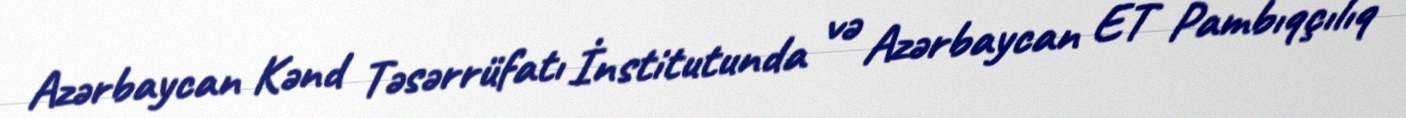
Azərbaycan Kənd Təsərrüfatı İnstitutunda və Azərbaycan ET Pambıqçılıq